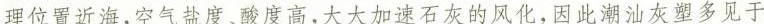
理位置近海，空气盐度、酸度高，大大加速石灰的风化，因此湖油灰塑多见于